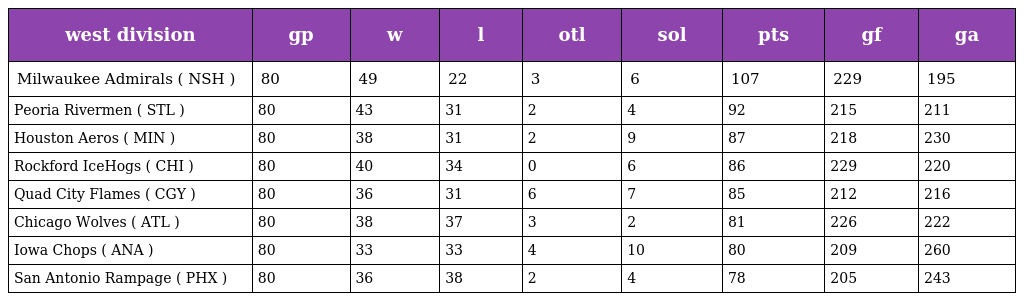
| west division | gp | w | l | otl | sol | pts | gf | ga |
 | --- | --- | --- | --- | --- | --- | --- | --- | --- |
 | Milwaukee Admirals ( NSH ) | 80 | 49 | 22 | 3 | 6 | 107 | 229 | 195 |
 | Peoria Rivermen ( STL ) | 80 | 43 | 31 | 2 | 4 | 92 | 215 | 211 |
 | Houston Aeros ( MIN ) | 80 | 38 | 31 | 2 | 9 | 87 | 218 | 230 |
 | Rockford IceHogs ( CHI ) | 80 | 40 | 34 | 0 | 6 | 86 | 229 | 220 |
 | Quad City Flames ( CGY ) | 80 | 36 | 31 | 6 | 7 | 85 | 212 | 216 |
 | Chicago Wolves ( ATL ) | 80 | 38 | 37 | 3 | 2 | 81 | 226 | 222 |
 | Iowa Chops ( ANA ) | 80 | 33 | 33 | 4 | 10 | 80 | 209 | 260 |
 | San Antonio Rampage ( PHX ) | 80 | 36 | 38 | 2 | 4 | 78 | 205 | 243 |